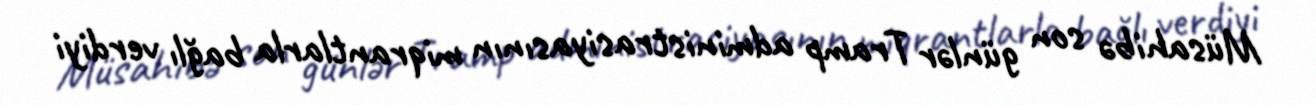
Müsahibə son günlər Tramp administrasiyasının miqrantlarla bağlı verdiyi